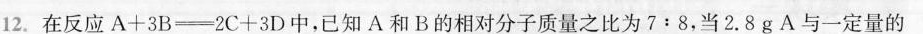
12.在反应A+3B\xlongequal 2C+3D中，已知A和B的相对分子质量之比为7:8，当2.8g A与一定量的